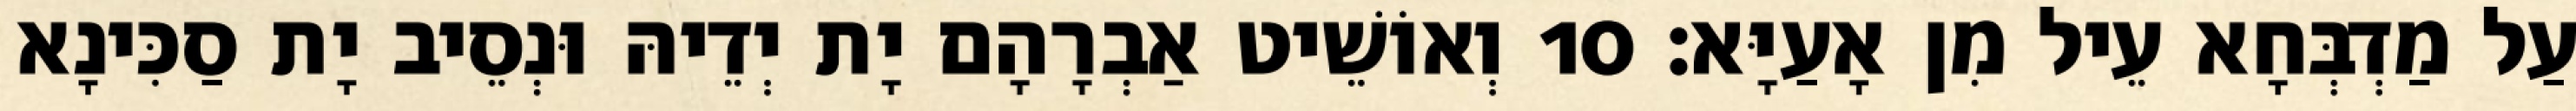
עַל מַדְבְּחָא עֵיל מִן אָעַיָּא׃ 10 וְאוֹשֵׁיט אַבְרָהָם יָת יְדֵיהּ וּנְסֵיב יָת סַכִּינָא